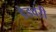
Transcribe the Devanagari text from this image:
डेडवरी